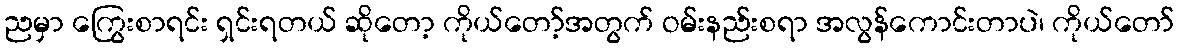
ညမှာ ကြွေးစာရင်း ရှင်းရတယ် ဆိုတော့ ကိုယ်တော့်အတွက် ဝမ်းနည်းစရာ အလွန်ကောင်းတာပဲ၊ ကိုယ်တော်